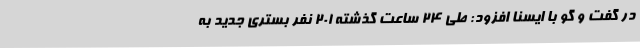
در گفت و گو با ایسنا افزود: طی 24 ساعت گذشته 201 نفر بستری جدید به